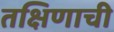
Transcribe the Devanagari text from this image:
तक्षिणाची